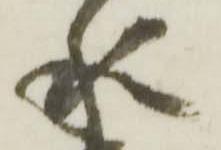
水